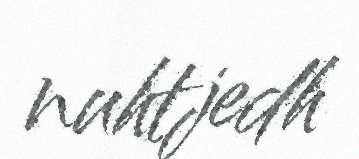
nuhtjedh